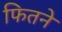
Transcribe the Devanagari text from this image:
फितने